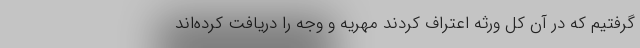
گرفتیم که در آن کل ورثه اعتراف کردند مهریه و وجه را دریافت کرده‌اند